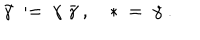
\tilde { \gamma } \ : = \ \gamma \; \bar { \gamma } \ , \quad * \ = \ \gamma \ .